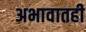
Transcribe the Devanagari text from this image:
अभावातही